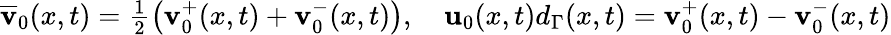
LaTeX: \begin{array}{r}{\overline{{\mathbf{v}}}_{0}(x,t)=\frac{1}{2}\big(\mathbf{v}_{0}^{+}(x,t)+\mathbf{v}_{0}^{-}(x,t)\big),\quad\mathbf{u}_{0}(x,t)d_{\Gamma}(x,t)=\mathbf{v}_{0}^{+}(x,t)-\mathbf{v}_{0}^{-}(x,t)}\end{array}